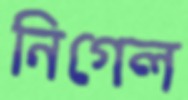
নিগেল